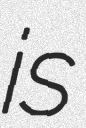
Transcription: is